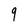
Character: 9